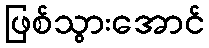
ဖြစ်သွားအောင်